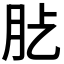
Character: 𦘸